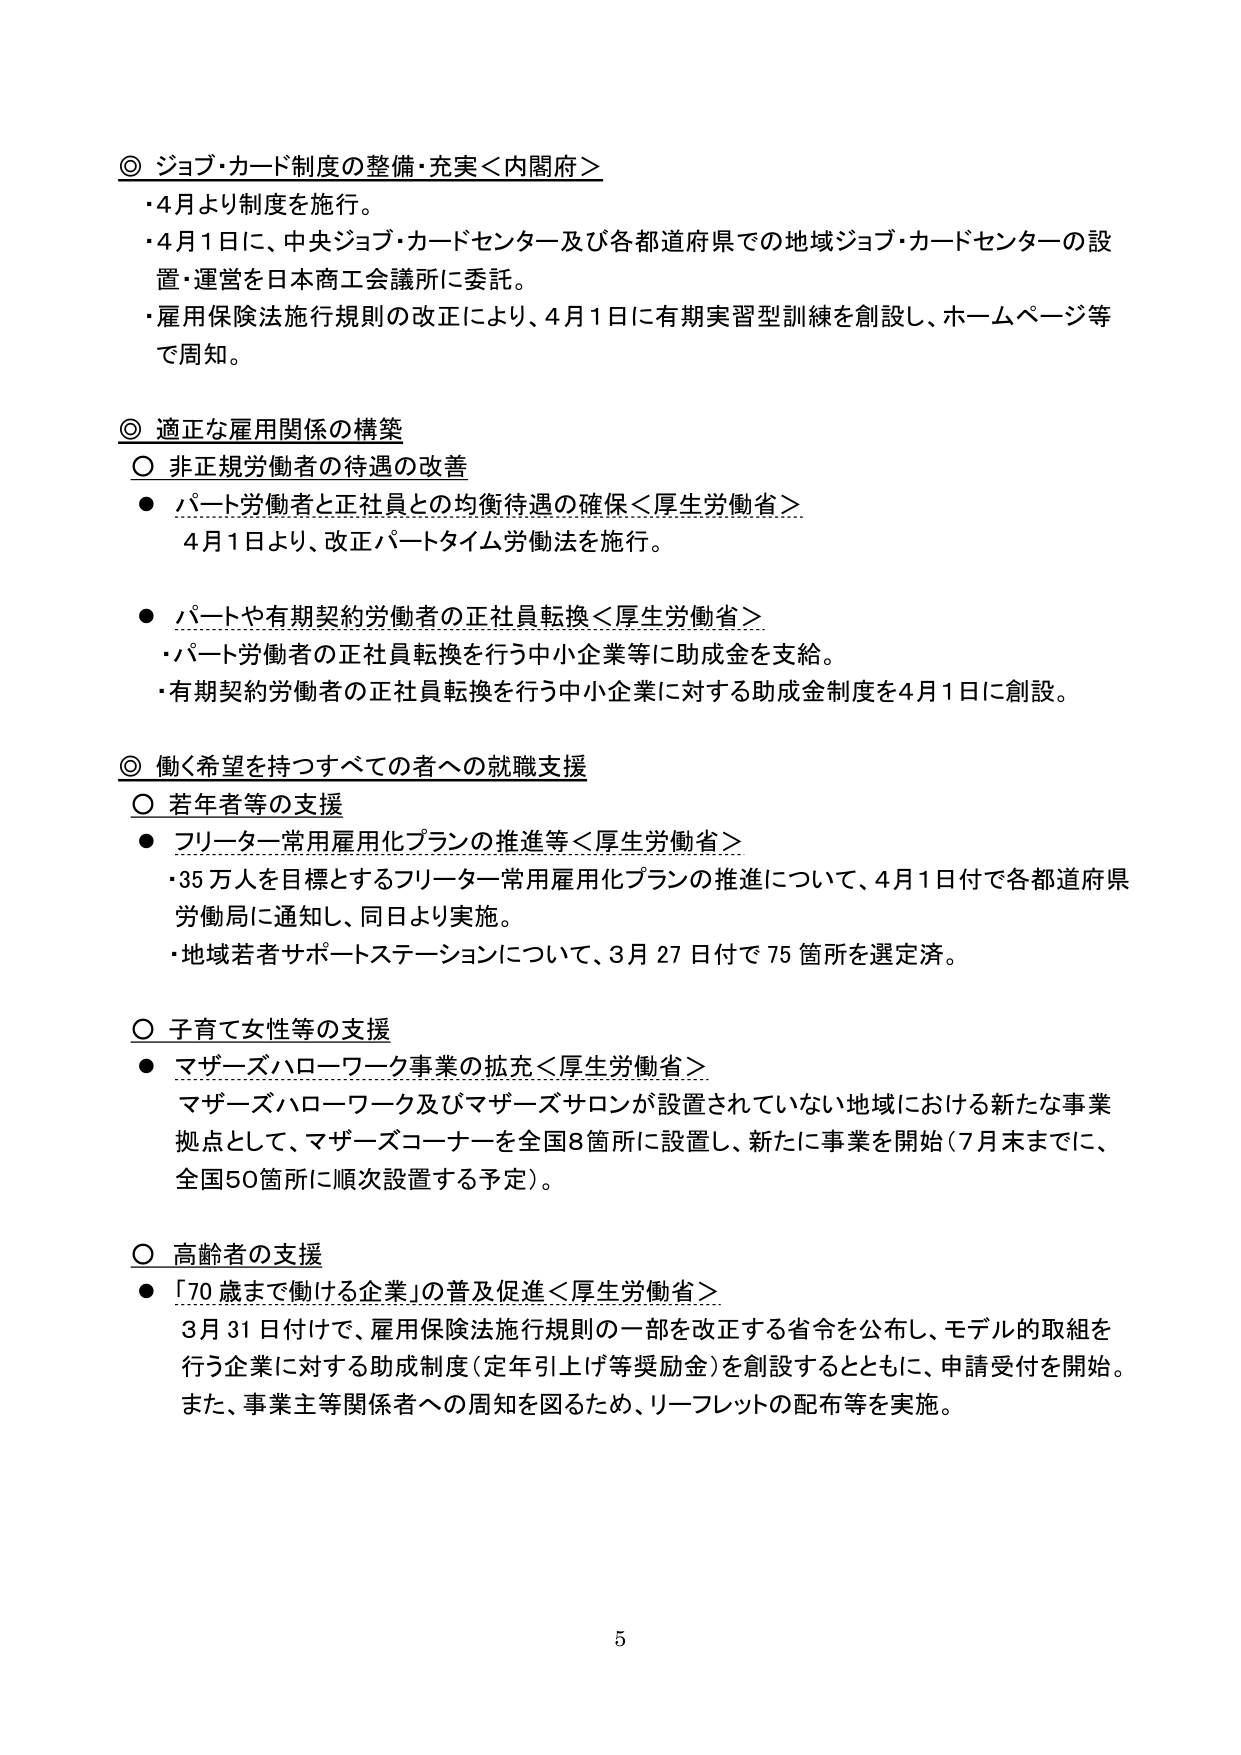
◎ ジョブ・カード制度の整備・充実＜内閣府＞
・4月より制度を施行。
・4月1日に、中央ジョブ・カードセンター及び各都道府県での地域ジョブ・カードセンターの設置・運営を日本商工会議所に委託。
・雇用保険法施行規則の改正により、4月1日に有期実習型訓練を創設し、ホームページ等で周知。

◎ 適正な雇用関係の構築
○ 非正規労働者の待遇の改善
● パート労働者と正社員との均衡待遇の確保＜厚生労働省＞
　4月1日より、改正パートタイム労働法を施行。

● パートや有期契約労働者の正社員転換＜厚生労働省＞
・パート労働者の正社員転換を行う中小企業等に助成金を支給。
・有期契約労働者の正社員転換を行う中小企業に対する助成金制度を4月1日に創設。

◎ 働く希望を持つすべての者への就職支援
○ 若年者等の支援
● フリーター常用雇用化プランの推進等＜厚生労働省＞
・35万人を目標とするフリーター常用雇用化プランの推進について、4月1日付で各都道府県労働局に通知し、同日より実施。
・地域若者サポートステーションについて、3月27日付で75箇所を選定済。

○ 子育て女性等の支援
● マザーズハローワーク事業の拡充＜厚生労働省＞
　マザーズハローワーク及びマザーズサロンが設置されていない地域における新たな事業拠点として、マザーズコーナーを全国8箇所に設置し、新たに事業を開始（7月末までに、全国50箇所に順次設置する予定）。

○ 高齢者の支援
● 「70歳まで働ける企業」の普及促進＜厚生労働省＞
　3月31日付けで、雇用保険法施行規則の一部を改正する省令を公布し、モデル的取組を行う企業に対する助成制度（定年引上げ等奨励金）を創設するとともに、申請受付を開始。また、事業主等関係者への周知を図るため、リーフレットの配布等を実施。

5